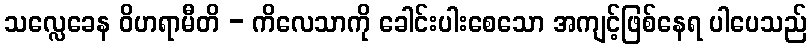
သလ္လေခေန ဝိဟရာမီတိ - ကိလေသာကို ခေါင်းပါးစေသော အကျင့်ဖြစ်နေရ ပါပေသည်